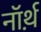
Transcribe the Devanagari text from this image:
नॉर्थ़